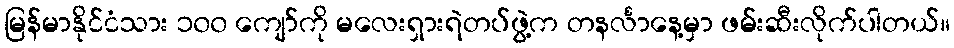
မြန်မာနိုင်ငံသား ၁၀၀ ကျော်ကို မလေးရှားရဲတပ်ဖွဲ့က တနင်္လာနေ့မှာ ဖမ်းဆီးလိုက်ပါတယ်။